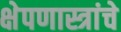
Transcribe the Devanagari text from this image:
क्षेपणास्त्रांचे